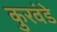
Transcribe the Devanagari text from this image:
कुरवंडे